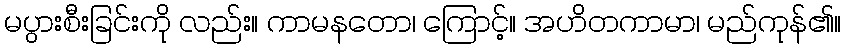
မပွားစီးခြင်းကို လည်း။ ကာမနတော၊ ကြောင့်။ အဟိတကာမာ၊ မည်ကုန်၏။